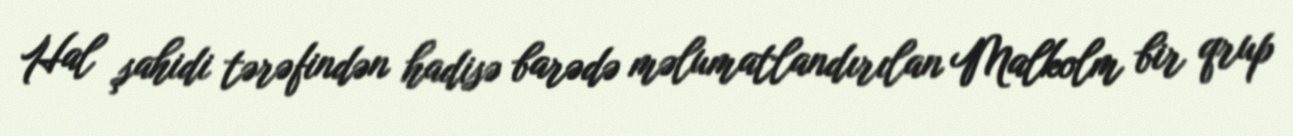
Hal şahidi tərəfindən hadisə barədə məlumatlandırılan Malkolm bir qrup